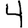
Digit: 4